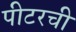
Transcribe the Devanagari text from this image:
पीटरची